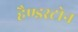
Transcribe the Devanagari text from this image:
हैण्डस्टोन